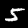
Digit: 5